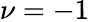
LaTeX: \nu=-1